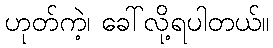
ဟုတ်ကဲ့၊ ခေါ်လို့ရပါတယ်။